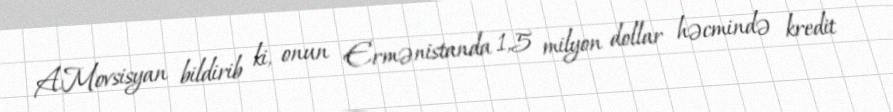
A.Movsisyan bildirib ki, onun Ermənistanda 1,5 milyon dollar həcmində kredit